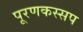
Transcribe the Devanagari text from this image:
पूरणकस्सप